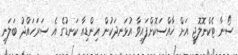
ސޯނާ ޓެކްނޮލޮޖީ އަށް ޚާއްސަކޮށްފައިވާ އުޅަނދަކުން އިންޑިއާ ކަނޑުގެ އެ ސަރަހައްދު ބަލަނީ